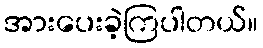
အားပေးခဲ့ကြပါတယ်။